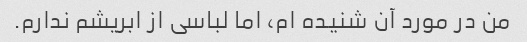
من در مورد آن شنیده ام، اما لباسی از ابریشم ندارم.